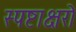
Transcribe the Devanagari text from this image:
स्पष्टाक्षरो